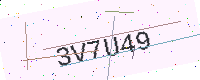
Text: 3V7U49